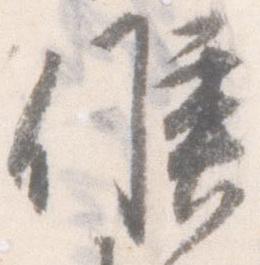
候